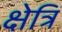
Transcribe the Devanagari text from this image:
क्षेत्रिं